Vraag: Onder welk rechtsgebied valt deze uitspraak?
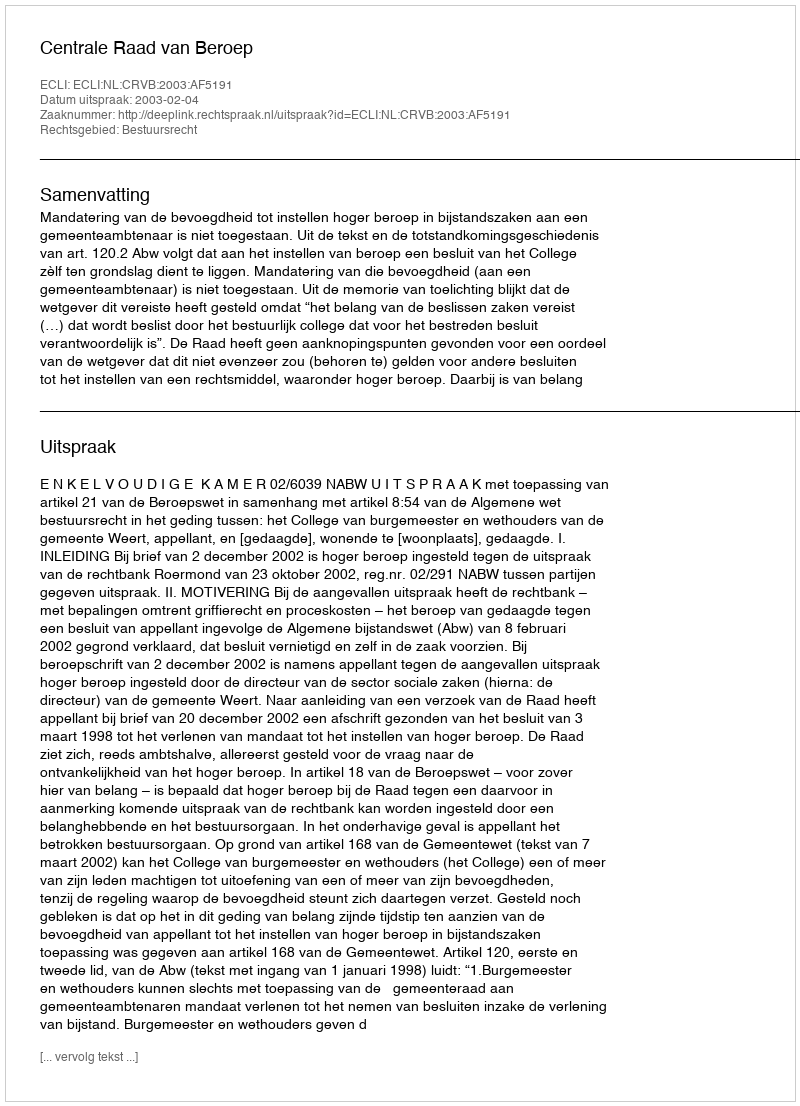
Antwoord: Bestuursrecht